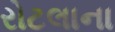
રોટલાના